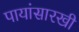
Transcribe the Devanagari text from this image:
पायांसारखी